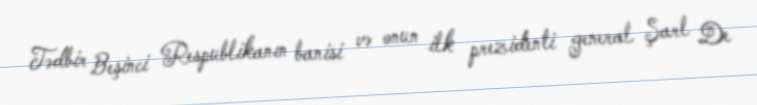
Tədbir Beşinci Respublikanın banisi və onun ilk prezidenti general Şarl De